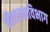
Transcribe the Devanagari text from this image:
नौवाहनविभाग